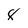
Character: 8